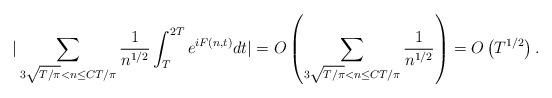
LaTeX: \begin{align*}\vert \sum_{3\sqrt{T/\pi} < n \leq CT/\pi}\frac{1}{n^{{1}/{2}}}\int_{T}^{2T} e^{i F(n,t)} dt\vert = O\left(\sum_{3\sqrt{T/\pi} < n \leq CT/\pi} \frac{1}{n^{1/2}} \right) = O\left(T^{1/2} \right).\end{align*}